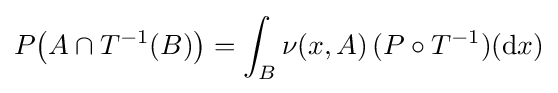
P{\big (}A\cap T^{-1}(B){\big )}=\int _{B}\nu (x,A)\,(P\circ T^{-1})(\mathrm {d} x)